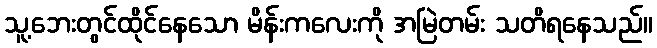
သူ့ဘေးတွင်ထိုင်နေသော မိန်းကလေးကို အမြဲတမ်း သတိရနေသည်။